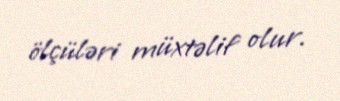
ölçüləri müxtəlif olur.